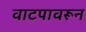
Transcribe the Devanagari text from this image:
वाटपावरून